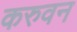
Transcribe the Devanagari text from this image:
करुवन